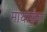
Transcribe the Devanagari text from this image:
माथाकुँवर